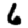
Digit: 6